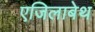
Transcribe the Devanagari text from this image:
एजिलाबेथ